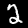
Label: 2